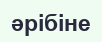
әрібіне